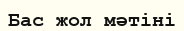
Бас жол мәтіні